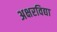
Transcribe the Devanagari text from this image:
अक्षरविद्या